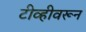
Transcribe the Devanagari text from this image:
टीव्हीवरून